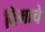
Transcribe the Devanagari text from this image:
विमाचे